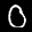
Label: 0